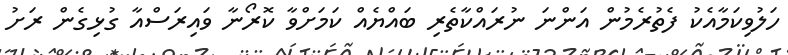
ހަލުވިކަމާއެކު ފެތުރެމުން އަންނަ ނުރައްކާތެރި ބައްޔެއް ކަމަށްވާ ކޮރޯނާ ވައިރަސްއާ ގުޅިގެން ރަށު